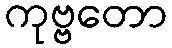
ကုဗ္ဗတော